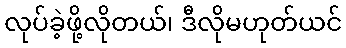
လုပ်ခဲ့ဖို့လိုတယ်၊ ဒီလိုမဟုတ်ယင်